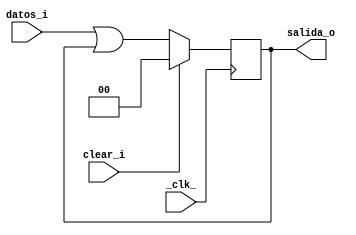
module Registro2Bits(_clk_, datos_i/*, load_en*/, clear_i, salida_o
    );
	
	input _clk_, clear_i/*, load_en*/;
	input [1:0] datos_i;
	output reg [1:0] salida_o;
	
	always @(posedge _clk_) begin
		
		if(clear_i) 
			salida_o<=2'b00;
		else //if(load_en)
			salida_o<= datos_i|salida_o;
	end
	

endmodule